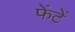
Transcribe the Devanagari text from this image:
फेंटें